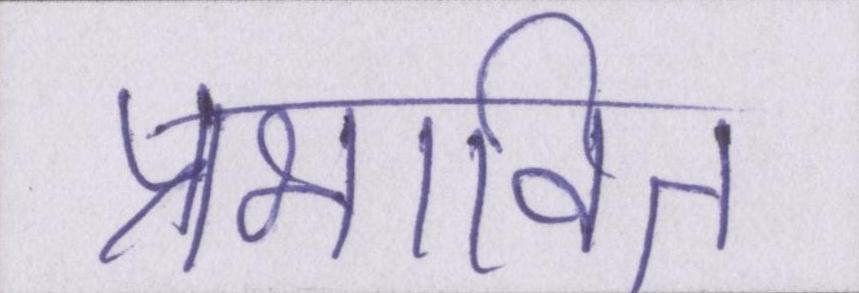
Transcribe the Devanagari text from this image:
प्रभावित